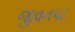
જીવનપટ